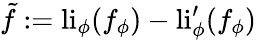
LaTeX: \tilde{f}:=\mathrm{li}_{\phi}(f_{\phi})-\mathrm{li}_{\phi}^{\prime}(f_{\phi})